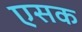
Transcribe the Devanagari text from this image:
एसक